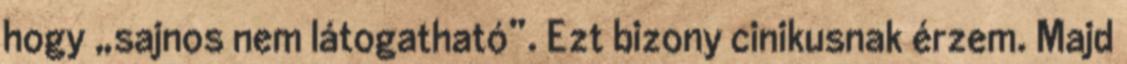
hogy „sajnos nem látogatható”. Ezt bizony cinikusnak érzem. Majd